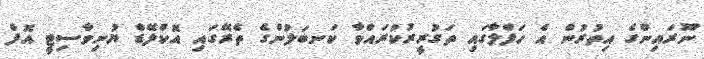
ނޫރައިންގެ އިތުރުން އެ ހަފްލާގައި ތަގުރީރުކުރައްވާ ކަނބަލުންގެ ތެރޭގައި އޮކްލޭޑް ޔުނިވާސިޓީ އޮފް